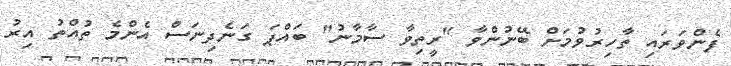
ފެންވަރައި ތާހިރުވުމަށް ބޭނުންވާ "ރީތިވާ ސާމާނު" ބައްޕަ ގަނެދިނަސް އެންމެ ތުއްތު އިރު